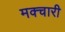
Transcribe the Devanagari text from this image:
मक्चारी